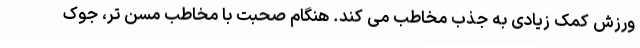
ورزش کمک زیادی به جذب مخاطب می کند. هنگام صحبت با مخاطب مسن تر، جوک